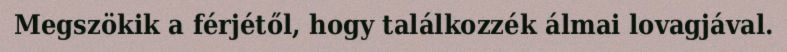
Megszökik a férjétől, hogy találkozzék álmai lovagjával.